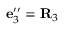
{ \bf e } _ { 3 } ^ { \prime \prime } = { \bf R } _ { 3 }